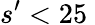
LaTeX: s^{\prime}<25\